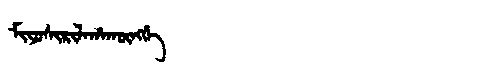
Manchu: ᠮᡳᠶᠣᠰᡳᡵᡳᠯᠠᡥᠠᡴᡡᠩᡤᡝ
Romanization: MIYOSIRILAHAKŪNGGE